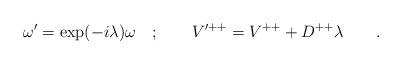
\begin{align*}\omega'=\exp(-i\lambda)\omega\quad;\qquad V'^{++}= V^{++} + D^{++} \lambda\qquad.\end{align*}